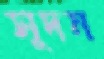
সূদন